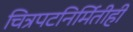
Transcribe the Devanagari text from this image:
चित्रपटनिर्मितीही